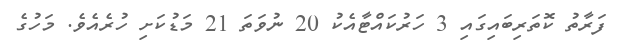
ފަރާތު ކޮތަރިބައިގައި 3 ހަރުކައްޓާއެކު 20 ނުވަތަ 21 މަޑުކަށި ހުރެއެވެ. މަހުގެ